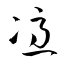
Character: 憑